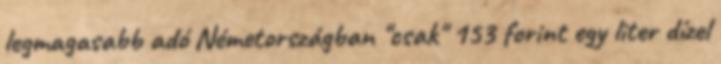
legmagasabb adó Németországban "csak" 153 forint egy liter dízel